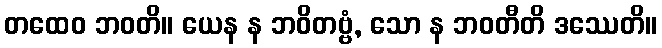
တထေဝ ဘဝတိ။ ယေန န ဘဝိတဗ္ဗံ, သော န ဘဝတီတိ ဒဿေတိ။